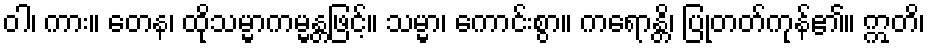
ဝါ၊ ကား။ တေန၊ ထိုသမ္မာကမ္မန္တဖြင့်။ သမ္မာ၊ ကောင်းစွာ။ ကရောန္တိ၊ ပြုတတ်ကုန်၏။ ဣတိ၊